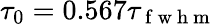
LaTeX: \tau_{0}=0.567\tau_{\mathrm{~f~w~h~m~}}